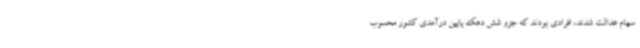
سهام عدالت شدند، افرادی بودند که جزو شش دهک پایین درآمدی کشور محسوب